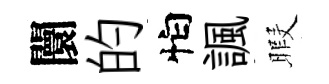
闤的怕諷暇